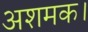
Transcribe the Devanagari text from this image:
अशमक।